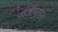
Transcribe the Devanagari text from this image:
नाजीपरस्त